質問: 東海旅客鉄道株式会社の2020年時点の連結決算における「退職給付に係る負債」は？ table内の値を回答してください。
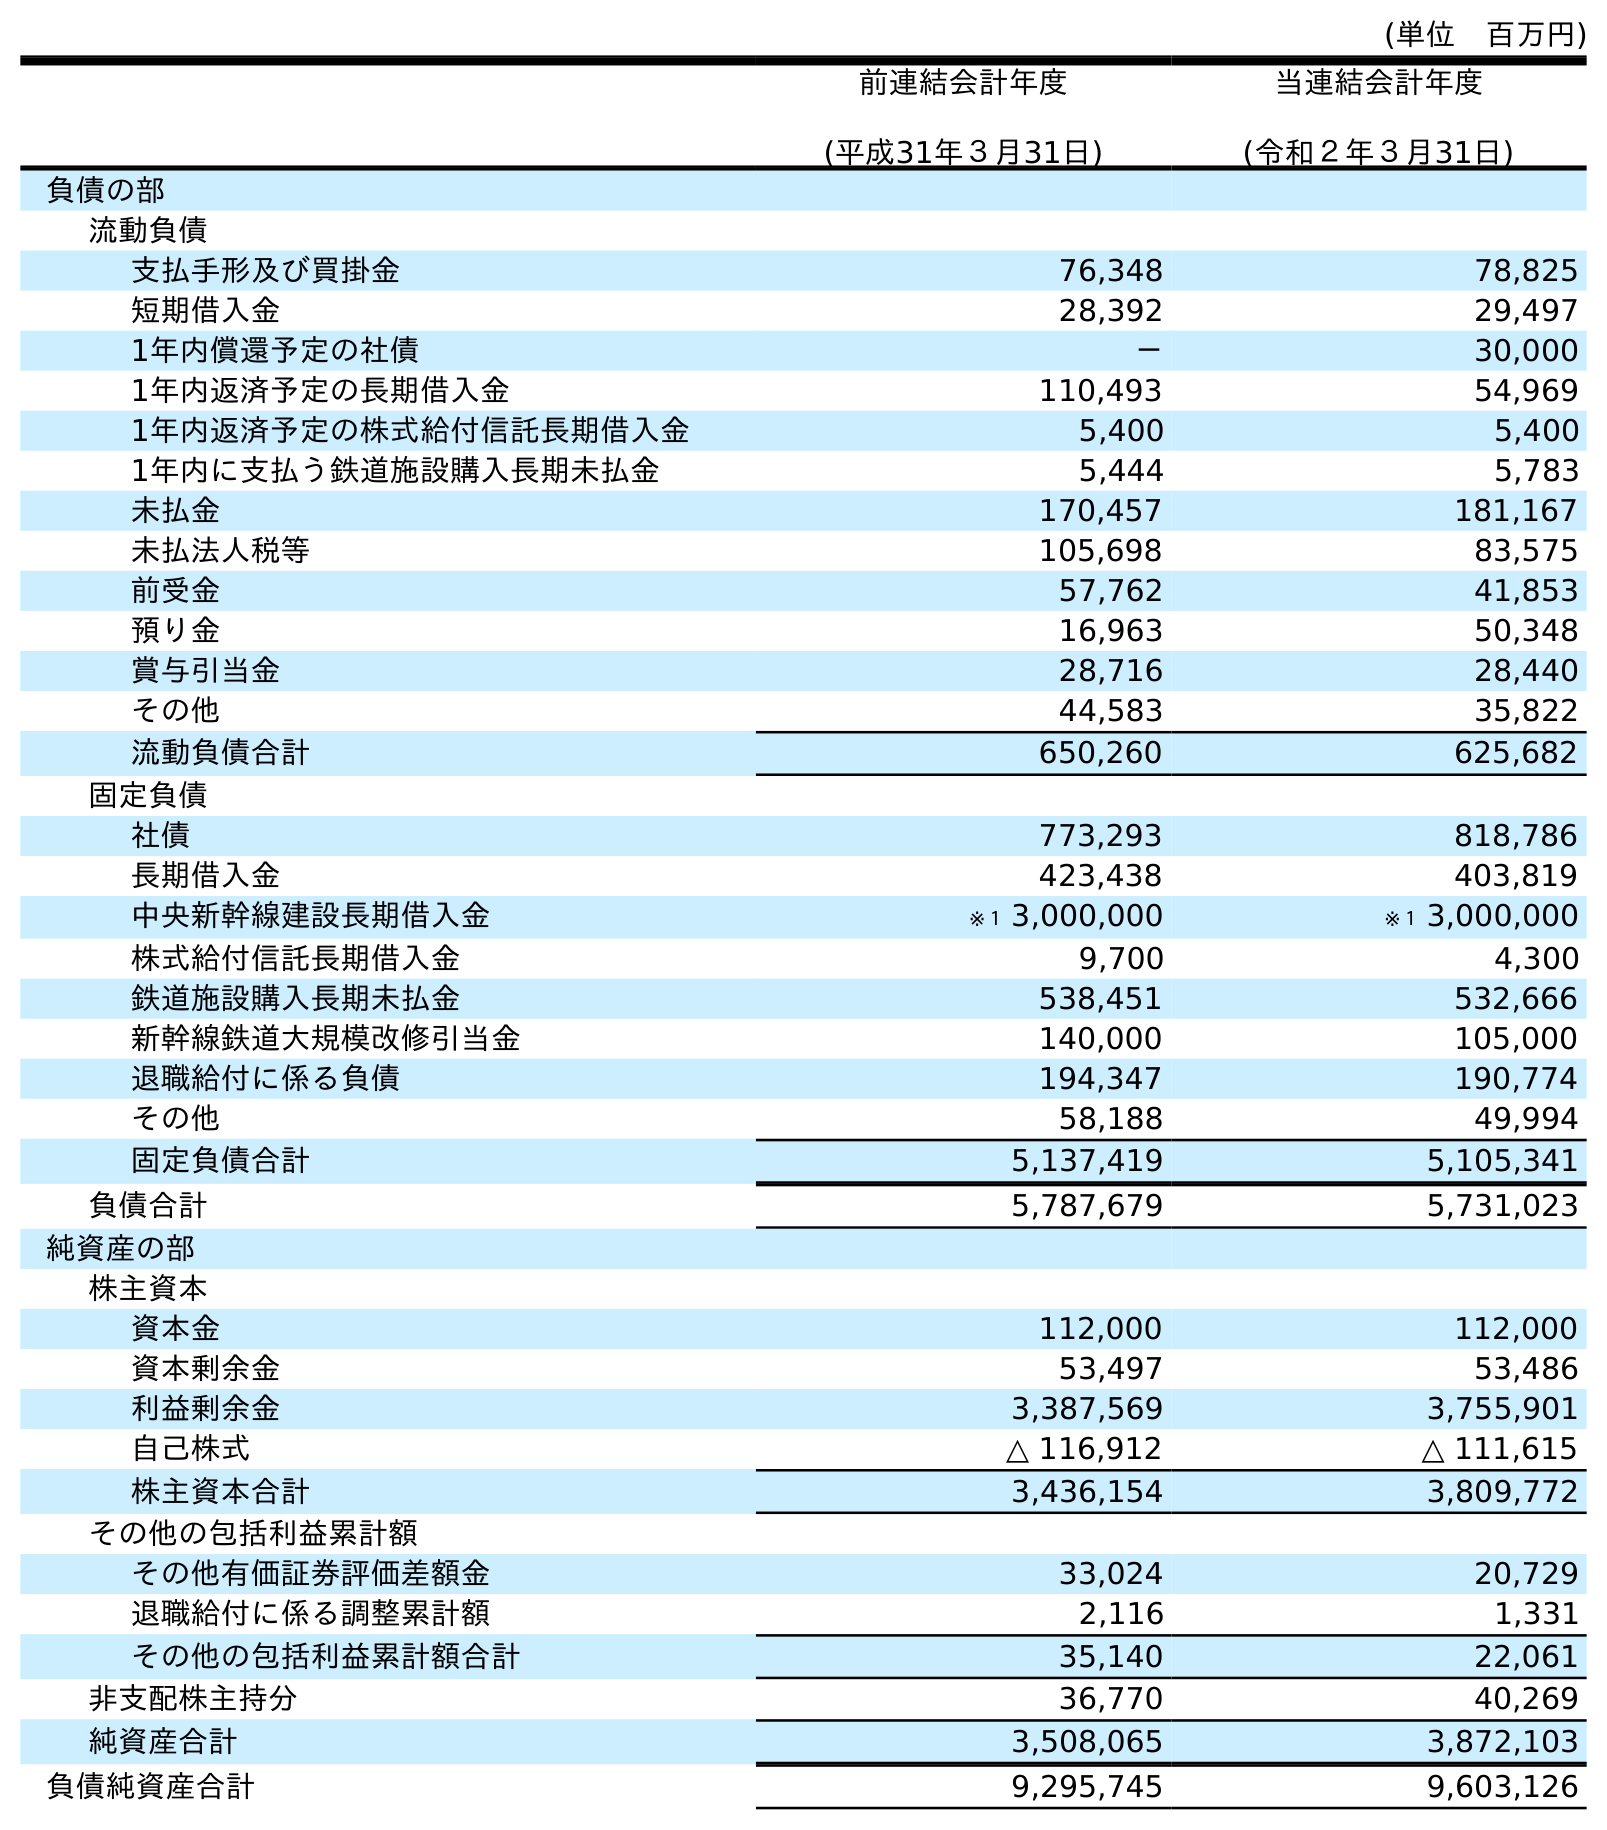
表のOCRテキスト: (単位 百万円) 前連結会計年度 (平成31年３月31日) 当連結会計年度 (令和２年３月31日) 負債の部 流動負債 支払手形及び買掛金 76,348 78,825 短期借入金 28,392 29,497 1年内償還予定の社債 － 30,000 1年内返済予定の長期借入金 110,493 54,969 1年内返済予定の株式給付信託長期借入金 5,400 5,400 1年内に支払う鉄道施設購入長期未払金 5,444 5,783 未払金 170,457 181,167 未払法人税等 105,698 83,575 前受金 57,762 41,853 預り金 16,963 50,348 賞与引当金 28,716 28,440 その他 44,583 35,822 流動負債合計 650,260 625,682 固定負債 社債 773,293 818,786 長期借入金 423,438 403,819 中央新幹線建設長期借入金 ※１ 3,000,000 ※１ 3,000,000 株式給付信託長期借入金 9,700 4,300 鉄道施設購入長期未払金 538,451 532,666 新幹線鉄道大規模改修引当金 140,000 105,000 退職給付に係る負債 194,347 190,774 その他 58,188 49,994 固定負債合計 5,137,419 5,105,341 負債合計 5,787,679 5,731,023 純資産の部 株主資本 資本金 112,000 112,000 資本剰余金 53,497 53,486 利益剰余金 3,387,569 3,755,901 自己株式 △ 116,912 △ 111,615 株主資本合計 3,436,154 3,809,772 その他の包括利益累計額 その他有価証券評価差額金 33,024 20,729 退職給付に係る調整累計額 2,116 1,331 その他の包括利益累計額合計 35,140 22,061 非支配株主持分 36,770 40,269 純資産合計 3,508,065 3,872,103 負債純資産合計 9,295,745 9,603,126
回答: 190,774